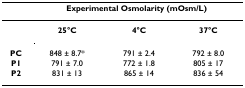
|  | <COLSPAN=3> Experimental Osmolarity (mOsm/L) |
 | --- | --- | --- | --- |
 |  | 25°C | 4°C | 37°C |
 | PC | 848 ± 8.7* | 791 ± 2.4 | 792 ± 8.0 |
 | P1 | 791 ± 7.0 | 772 ± 1.8 | 805 ± 17 |
 | P2 | 831 ± 13 | 865 ± 14 | 836 ± 54 |